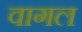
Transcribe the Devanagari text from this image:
वागल